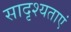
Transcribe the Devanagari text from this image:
सादृश्यताएं